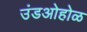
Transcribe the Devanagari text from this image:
उंडओहोळ